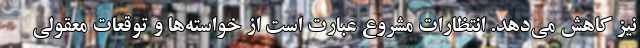
نیز کاهش می‌دهد. انتظارات مشروع عبارت است از خواسته‌ها و توقعات معقولی